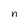
Character: n